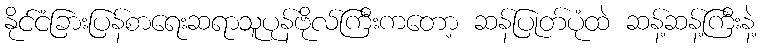
နိုင်ငံခြားပြန်စာရေးဆရာသူပုန်ဗိုလ်ကြီးကတော့ ဆန်ပြုတ်ပုံထဲ ဆန့်ဆန့်ကြီးနဲ့